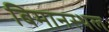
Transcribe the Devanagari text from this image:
बिमानस्थल